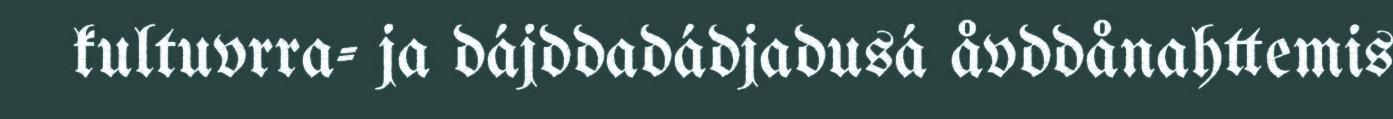
kultuvrra- ja dájddadádjadusá åvddånahttemis